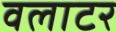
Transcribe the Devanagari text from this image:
वलाटर